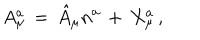
LaTeX: A _ { \mu } ^ { a } \, = \, \hat { A } _ { \mu } n ^ { a } \, + \, X _ { \mu } ^ { a } \, ,